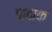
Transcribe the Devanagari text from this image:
पादांक